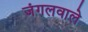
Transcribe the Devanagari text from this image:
जंगलवाले